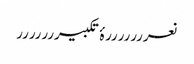
نعرررررررۂ تکبیررررررر